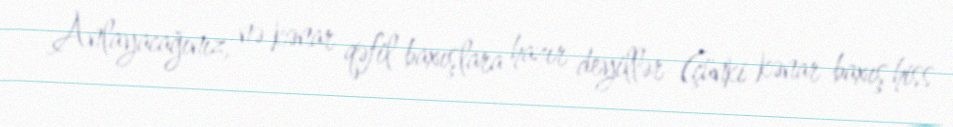
Anlayacağınız, nə kənar qəfil baxışlara hazır deyillər (çünki kənar baxış hiss